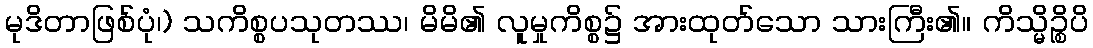
မုဒိတာဖြစ်ပုံ၊) သကိစ္စပသုတဿ၊ မိမိ၏ လူမှုကိစ္စ၌ အားထုတ်သော သားကြီး၏။ ကိသ္မိဉ္စိပိ